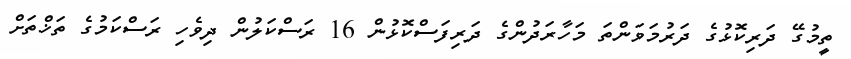
ތީމުގޭ ދަރިކޮޅުގެ ދަރުމަވަންތަ މަހާރަދުންގެ ދަރިފަސްކޮޅުން 16 ރަސްކަލުން ދިވެހި ރަސްކަމުގެ ތަޚްތަށް